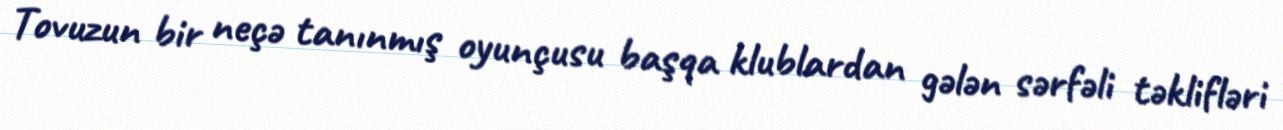
Tovuzun bir neçə tanınmış oyunçusu başqa klublardan gələn sərfəli təklifləri